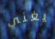
يغني